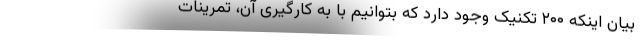
بیان اینکه ۲۰۰ تکنیک وجود دارد که بتوانیم با به کارگیری آن، تمرینات